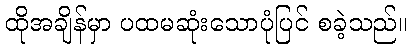
ထိုအချိန်မှာ ပထမဆုံးသောပုံပြင် စခဲ့သည်။